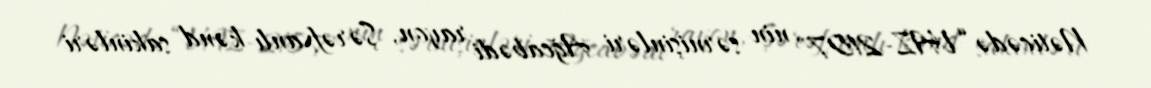
Nəticədə “VAZ-2107" nin sərnişinləri Ağcabədi rayon, Şərəfxanlı kənd sakinləri